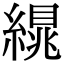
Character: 繉